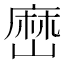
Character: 𡻤